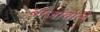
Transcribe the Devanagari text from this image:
बाजांवाले